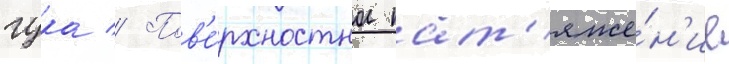
гука // Пов'е́рхностное нат'яже́н'ие